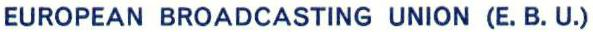
EUROPEAN BROADCASTING UNION (E. B. U.)